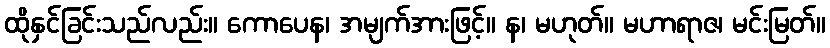
ထိုနှင်ခြင်းသည်လည်း။ ကောပေန၊ အမျက်အားဖြင့်။ န၊ မဟုတ်။ မဟာရာဇ၊ မင်းမြတ်။